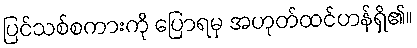
ပြင်သစ်စကားကို ပြောရမှ အဟုတ်ထင်ဟန်ရှိ၏။